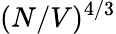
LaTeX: (N/V)^{4/3}